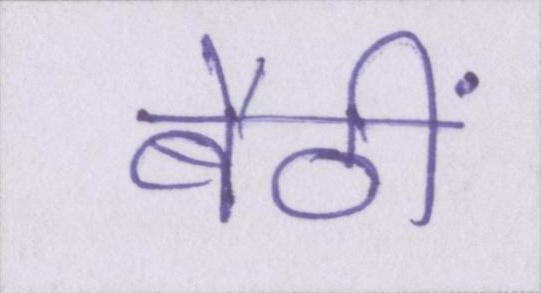
बैठीं